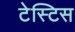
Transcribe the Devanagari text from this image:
टेस्टिस